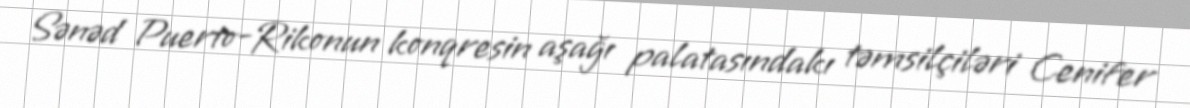
Sənəd Puerto-Rikonun konqresin aşağı palatasındakı təmsilçiləri Cenifer